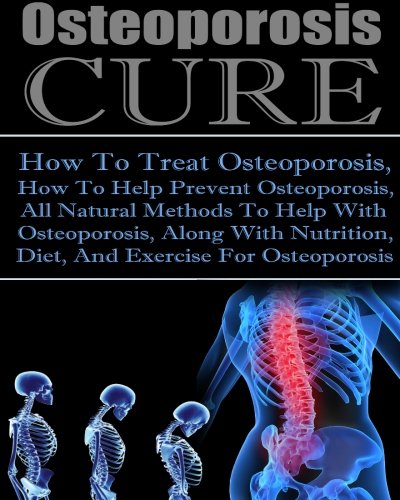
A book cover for Osteoporosis Cure How To Treat Osteoporosis, How To Help Prevent Osteoporosis, All Natural Methods To Help With Osteoporosis, Along With Nutrition Diet And Exercise For Osteoporosis; Ace McCloud; Health, Fitness & Dieting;